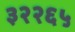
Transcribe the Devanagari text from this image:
३२२६५